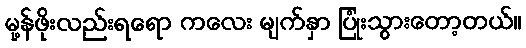
မု့န်ဖိုးလည်းရရော ကလေး မျက်နှာ ပြုံးသွားတော့တယ်။